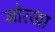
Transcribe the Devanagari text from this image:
मोरखा